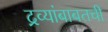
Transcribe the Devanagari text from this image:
द्रव्यांबाबतची